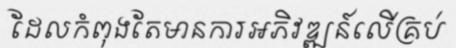
ដែលកំពុងតែមានការអភិវឌ្ឍន៍លើគ្រប់